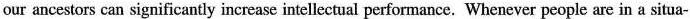
our ancestors can significantly increase intellectual performance. Whenever people are in a situa-